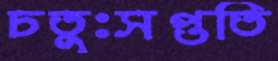
চতুঃসপ্ততি